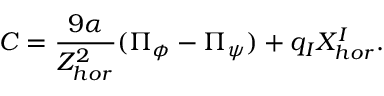
C = \frac { 9 \alpha } { Z _ { h o r } ^ { 2 } } ( \Pi _ { \phi } - \Pi _ { \psi } ) + q _ { I } X _ { h o r } ^ { I } .